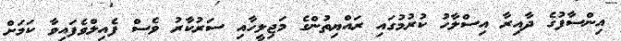
އިންސާފުގެ ދާއިރާ އިސްލާހު ކުރުމުގައި ރައްޔިތުންގެ މަޖިލީހާއި ސަރުކާރު ވެސް ފެއިލްވެފައިވާ ކަމަށް